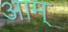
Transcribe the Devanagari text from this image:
आम्